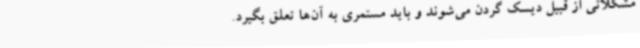
مشکلاتی از قبیل دیسک گردن می‌شوند و باید مستمری به آن‌ها تعلق بگیرد.